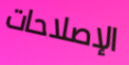
الإصلاحات